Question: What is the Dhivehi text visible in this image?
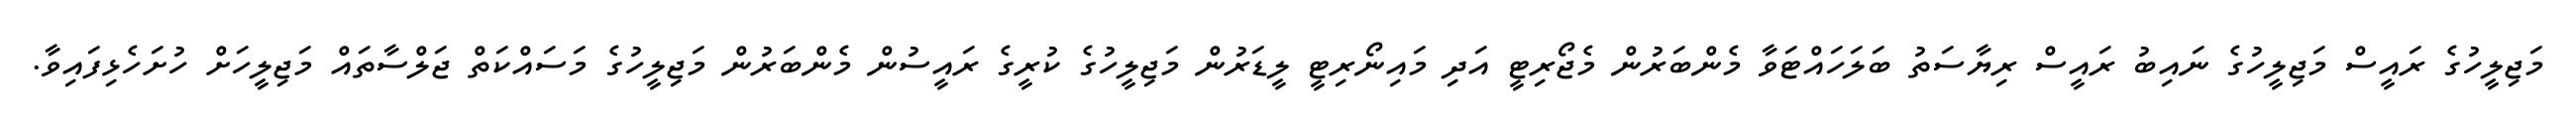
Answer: މަޖިލީހުގެ ރައީސް މަޖިލީހުގެ ނައިބު ރައީސް ރިޔާސަތު ބަލަހައްޓަވާ މެންބަރުން މެޖޯރިޓީ އަދި މައިނޯރިޓީ ލީޑަރުން މަޖިލީހުގެ ކުރީގެ ރައީސުން މެންބަރުން މަޖިލީހުގެ މަސައްކަތް ޖަލްސާތައް މަޖިލީހަށް ހުށަހެޅިފައިވާ.